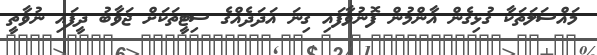
މައްސަލަތަކާ ގުޅިގެން އާންމުން ފޮނުވާފައި ގިނަ އަދަދެއްގެ ސިޓީތަކަށް ޖަވާބު ދީފައި ނުވާތީ